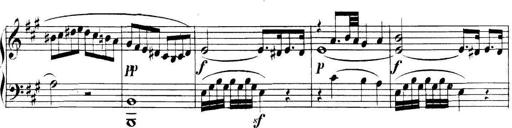
Title: Collected Piano Sonatas
Composer: Muzio Clementi